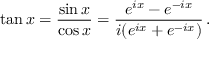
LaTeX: \tan x = { \frac { \sin x } { \cos x } } = { \frac { e ^ { i x } - e ^ { - i x } } { i ( { e ^ { i x } + e ^ { - i x } } ) } } \, .